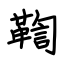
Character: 鞫